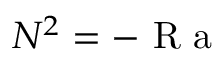
N ^ { 2 } = - \mathrm { ~ R ~ a ~ }